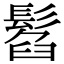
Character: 𩭥